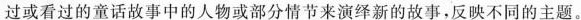
过或看过的童话故事中的人物或部分情节来演绎新的故事，反映不同的主题。